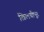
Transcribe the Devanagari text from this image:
खिलचीपूर